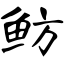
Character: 鲂